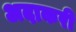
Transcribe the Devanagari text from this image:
अदाकरी